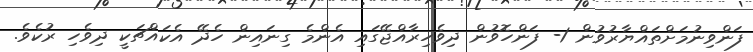
ފަންވިނުމަށްތައްޔާރުވުން 1- ފަންހޮވުން ދިވެހިރާއްޖޭގައި އެންމެ ގިނައިން ހެދޭ އެކައްޗަކީ ދިވެހި ރުކެވެ.